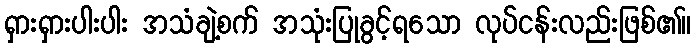
ရှားရှားပါးပါး အသံချဲ့စက် အသုံးပြုခွင့်ရသော လုပ်ငန်းလည်းဖြစ်၏။